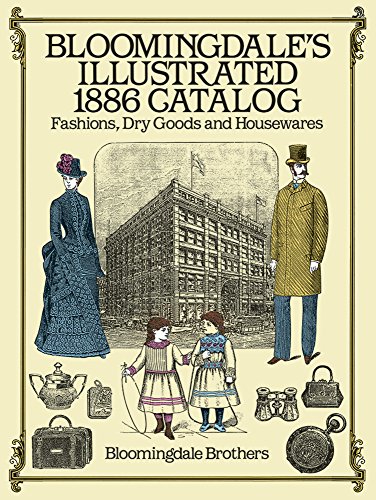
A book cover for Bloomingdale's Illustrated 1886 Catalog; Bloomingdale Brothers; Humor & Entertainment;